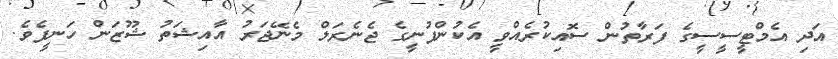
އަދި އެމްޓީސީސީގެ ފަރާތުން ސޮއިކުރެއްވީ އެކުންފުނީގެ ޖެނެރަލް މެނޭޖަރު އާއިޝަތު ޝޫޒަން ހަނީފެވެ.